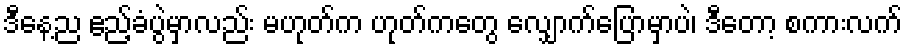
ဒီနေ့ည ဧည့်ခံပွဲမှာလည်း မဟုတ်က ဟုတ်ကတွေ လျှောက်ပြောမှာပဲ၊ ဒီတော့ စကားလက်